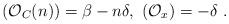
LaTeX: \begin{align*} (\mathcal{O}_C(n))=\beta - n\delta, \ (\mathcal{O}_x)= -\delta\ .\end{align*}